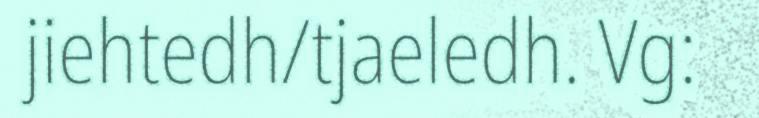
jiehtedh/tjaeledh. Vg: